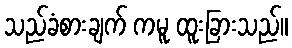
သည်ခံစားချက် ကမူ ထူးခြားသည်။